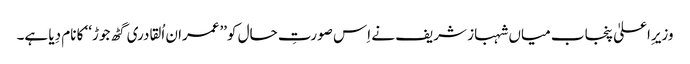
وزیرِاعلیٰ پنجاب میاں شہباز شریف نے اِس صورتِ حال کو’’عمران اُلقادری گٹھ جوڑ‘‘ کا نام دِیا ہے۔